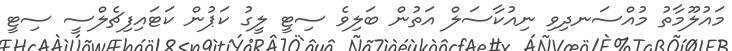
މައުލޫމާތު މުއްސަނދިވި ނިއުކާސަލް އަތުން ބަލިވެ ސިޓީ ލީގު ކަޕުން ކަޓައިފިޗެލްސީ ސިޓީ